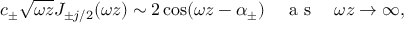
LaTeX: c _ { \pm } \sqrt { \omega z } J _ { \pm j / 2 } ( \omega z ) \sim 2 \cos ( \omega z - \alpha _ { \pm } ) \textrm { \quad a s \quad } \omega z \to \infty ,